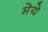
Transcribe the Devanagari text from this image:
मेये